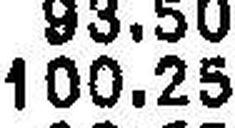
100.25